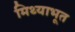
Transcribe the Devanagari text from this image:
मिथ्याभूत